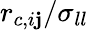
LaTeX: r_{c,i\mathbf{j}}/\sigma_{ll}